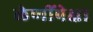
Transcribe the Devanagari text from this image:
लेणींपेक्षा